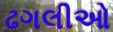
ઢગલીઓ